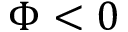
\Phi < 0